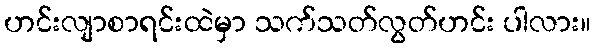
ဟင်းလျာစာရင်းထဲမှာ သက်သတ်လွတ်ဟင်း ပါလား။